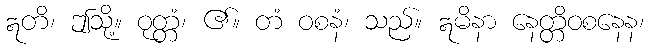
ဣတိ၊ ဤသို့။ ဝုတ္တံ၊ ၏။ တံ ဝစနံ၊ သည်။ ဣမိနာ နေတ္တိဝစနေန၊